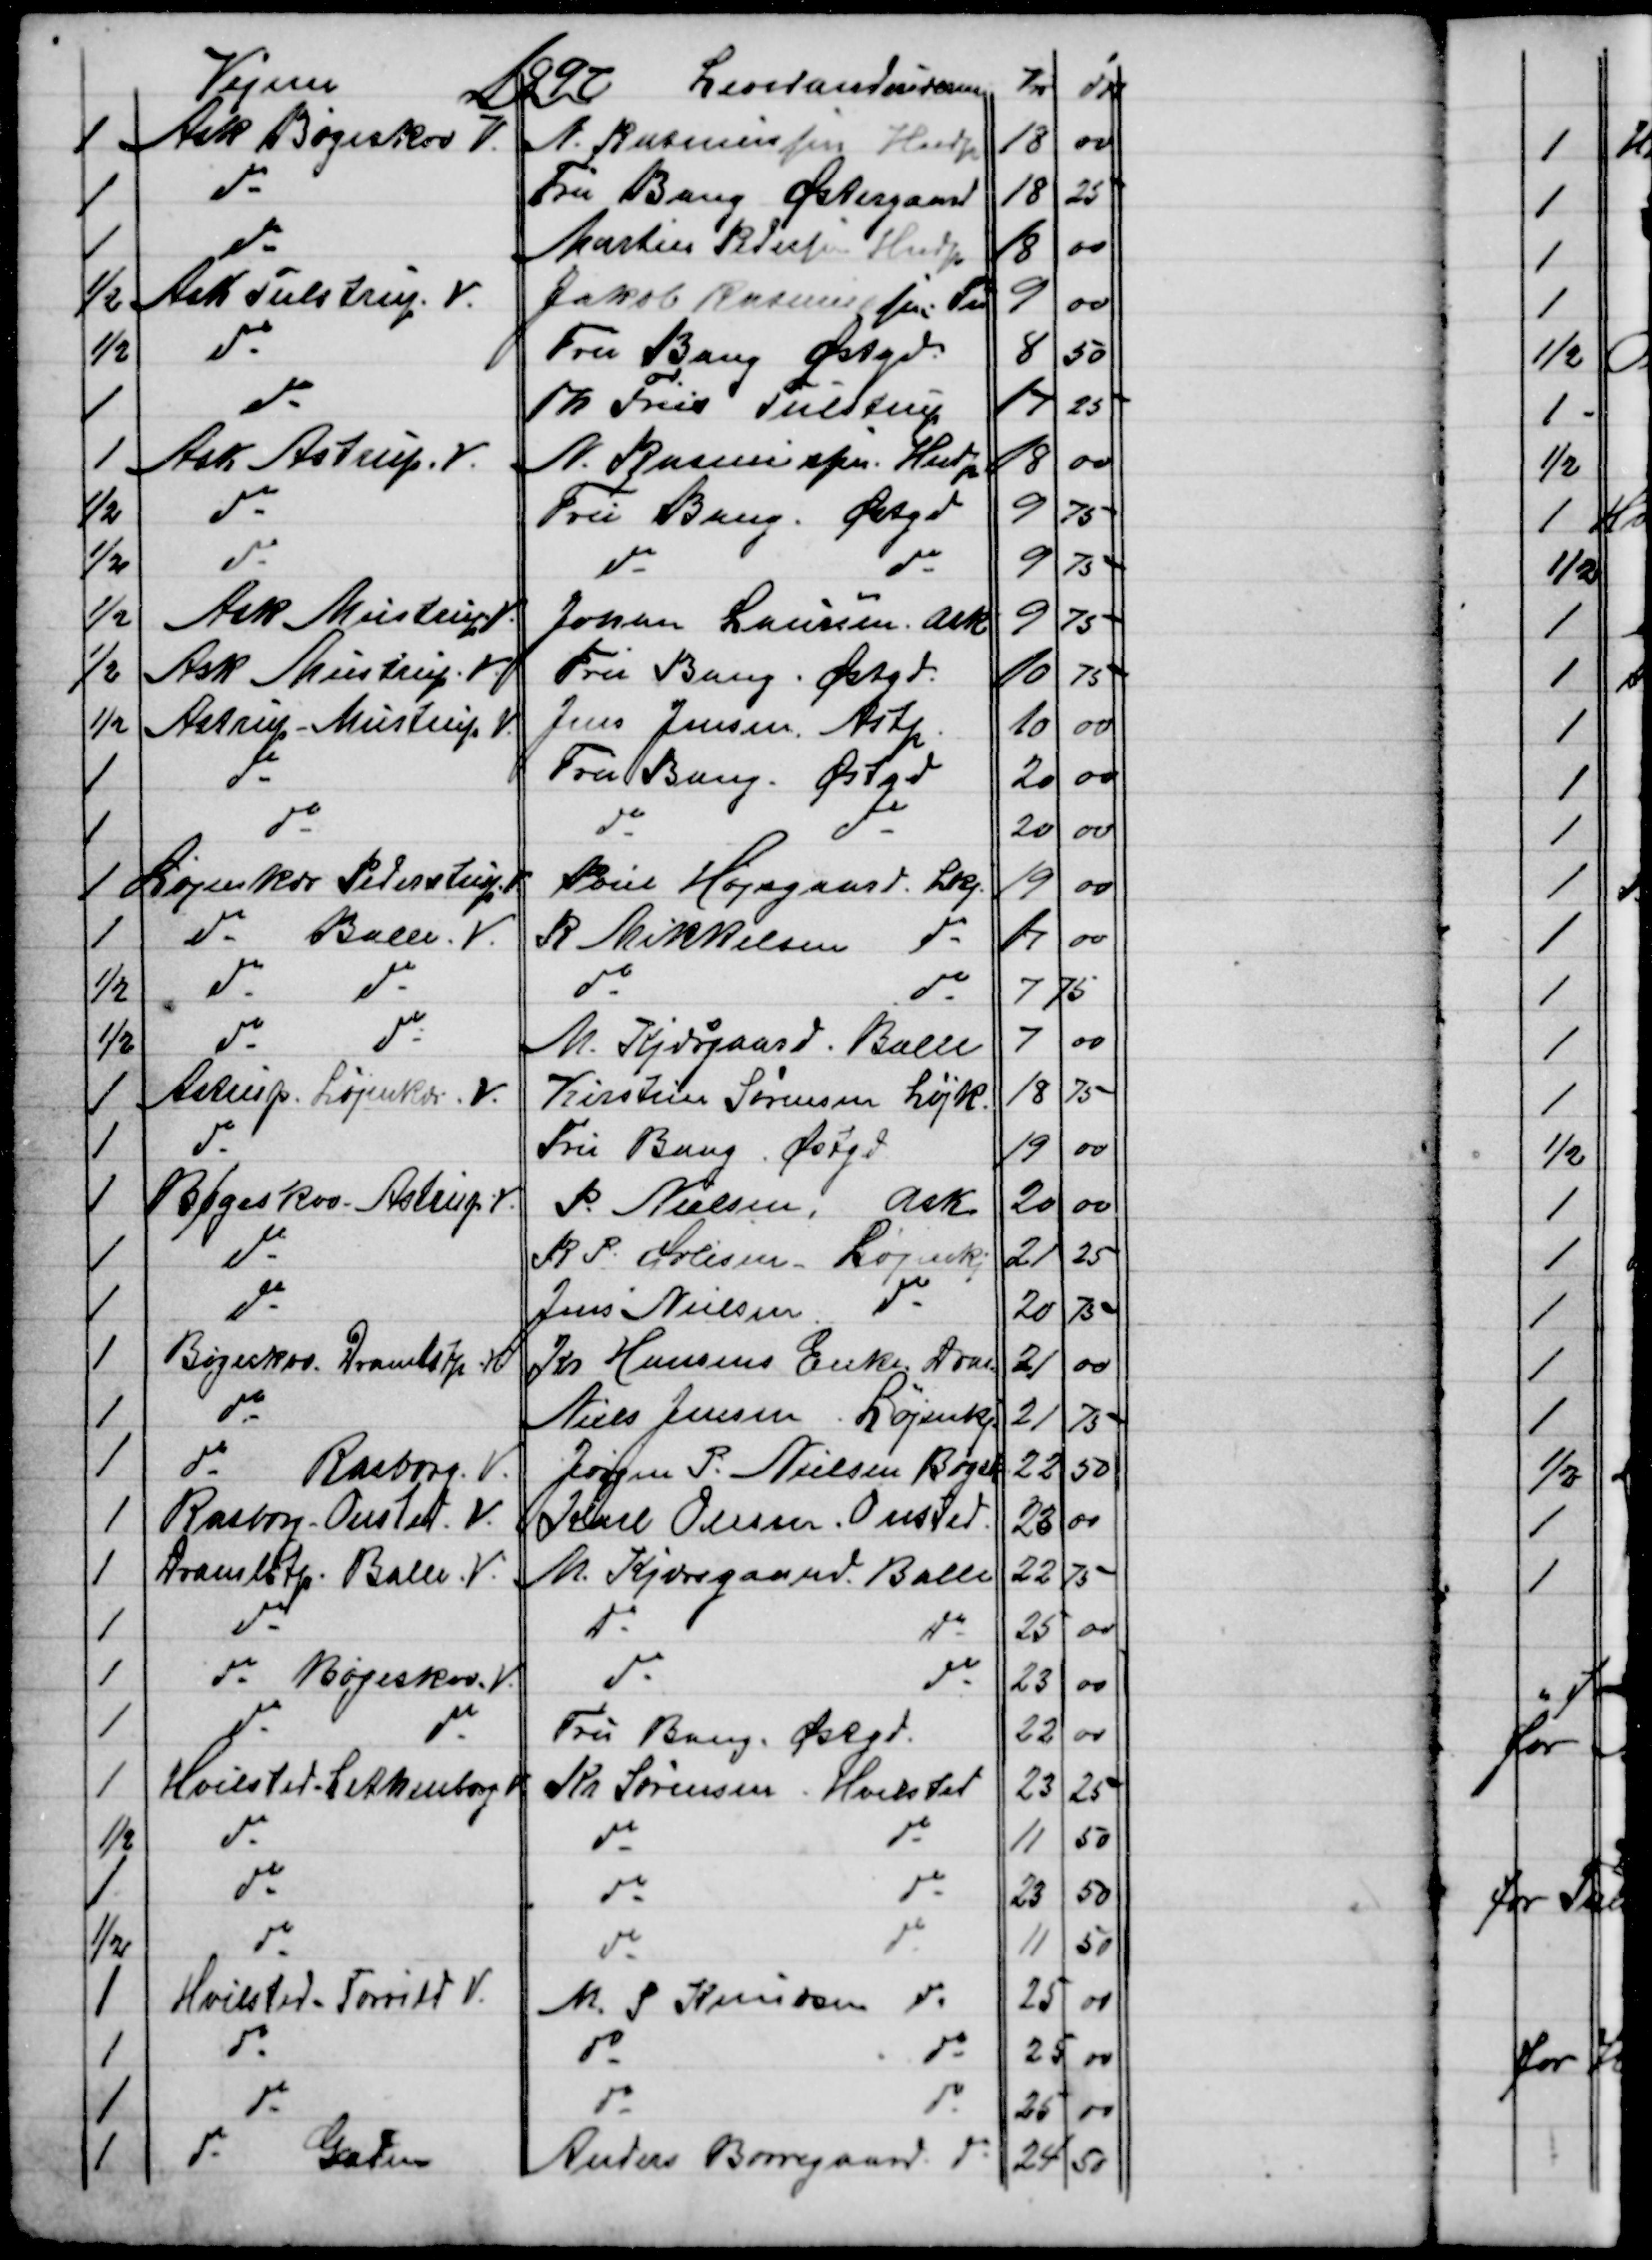
Transskription:
Vejene
1897 
Leverandeurerne
Kr
Øre
1  
Ask Bøgeskov V.
A. Rasmussen Hndp
18
00
1
do
Fru Bang Østergaard     
18
25
1
do
Martin R Jensen Hndp
18
00
½
Ask Tulstrup V.
Jakob Rasmussen Tu 
9
00
½
do
Fru Bang Østergd.
8
50
1
do
Th Friis Tulstrup
17
25
1
Ask Astrup. V.
N. Rasmussen Hndp
18
00
½
do
Fru Bang. Østergd
9
75
½
do
do
do
9
75
½
Ask Mustrup V.
Johan Laursen, Ask
9
75
½
Ask Mustrup V.
Fru Bang. Østergd.
10
75
½
Astrup - Mustrup V.
Jens Jensen, Astp
10
00
1
do
Fru Bang. Østgd.
20
00
1
do
do
do
20
00
1
Løjenkær Pederstrup V.
Poul Højsgaard Lkj
19
00
1
do Balle. V.
R Mikkelsen do
17
00
½
do
do
do
do
7
75
½
do
do
M. Kjærgaard. Balle
7
00
1
Astrup. Løjenkær. V.
Kirstine Sørensen Løjk.
18
75
1
do
Fru Bang Østgd
19
00
1
Bøgeskov - Astrup. V.
P. Nielsen, Ask
20
00
1
do
R. P. Øvlisen Løjenk
21
25
1
do
Jens Nielsen do
20
75
1
Bøgeskov. Dramstr. V
Kr Hansens Enke Dras.
21
00
1
do
Niels Jensen Løjenkj
21
75
1
do
Rasborg. V.
Jørgen P. Nielsen Bøgesk.
22
50
1
Rasborg- Ousted. V.
Karl Olesen, Onsted
23
00
1
Dramlstp. Balle. V.
M. Kjørsgaard Balle
22
75
1
do
do
do
25
00
1
do Bøgeskov. V.
do
do
23
00
1
do
do
Fru Bang Østgd.
22
00
1
Hvilsted - Lethenborg V
Kr. Sørensen. Hvilsted
23
25
½
do
do
do
11
50
1
do
do
do
23
50
½
do
do
do
11
50
1
Hvilsted-Torrild V.
M. S Knudsen
do
25
00
1
do
do
do
25 
00
1
do
do
do
25
00
1
do
Gaden
Anders Borregaard do
24
50